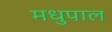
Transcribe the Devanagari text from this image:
मधुपाल